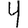
Digit: 4